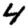
Digit: 4